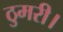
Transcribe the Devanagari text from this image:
ठुमरी।